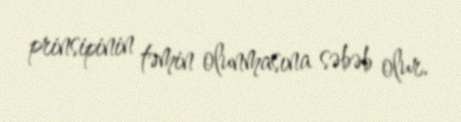
prinsipinin təmin olunmasına səbəb olur.